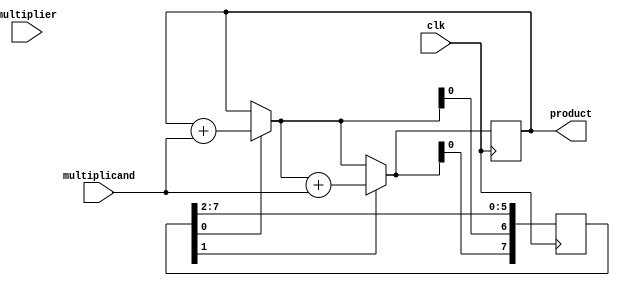
module shift_and_add_multiplier(input wire clk,
                                    input wire [7:0] multiplier,
                                    input wire [7:0] multiplicand,
                                    output reg [15:0] product);

reg [7:0] shift_register;
reg [15:0] accum;

always@(posedge clk) begin
  if (shift_register[0] == 1) begin
    accum = accum + multiplicand;
  end
  shift_register = {accum[7:0], shift_register[7:1]};

  if (shift_register[0] == 1) begin
    accum = accum + multiplicand;
  end
  shift_register = {accum[7:0], shift_register[7:1]};

  // Continue the above process for desired number of shifts

end

assign product = accum;

endmodule